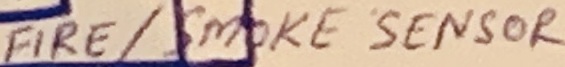
Text: FIRE/SMOKE SENSOR